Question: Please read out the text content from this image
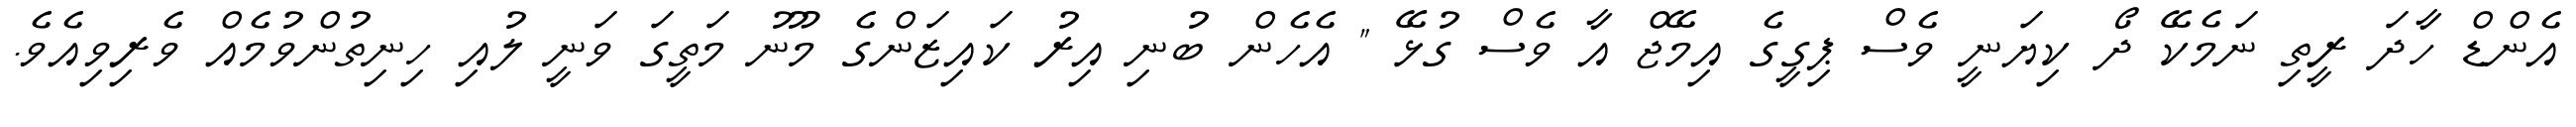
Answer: އެންޑް ހާދަ ރީތި ނަމެކޭ ދޯ ކިޔަނީ ވެސް ޕިގީގެ އިމޭޖް އާ ވެސް ގުޅޭ " އެހެން ބުނި އިރު ކައިޒަންގެ މޫނު މަތީގަ ވަނީ ލުއި ހިނިތުންވުމެއް ވެރިވިއެވެ.